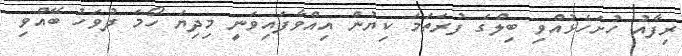
ރިފާއު ހުށަހެޅުއްވި ބިލްގެ ފުރަތަމަ ކިޔުން އިއްވާފައިވަނީ މިދިޔަ ހޯމަ ދުވަހު ބޭއްވި